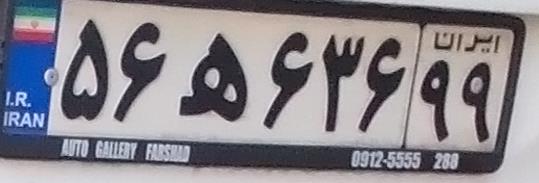
۵۶ه۶۳۶۹۹